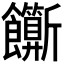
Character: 𬲣